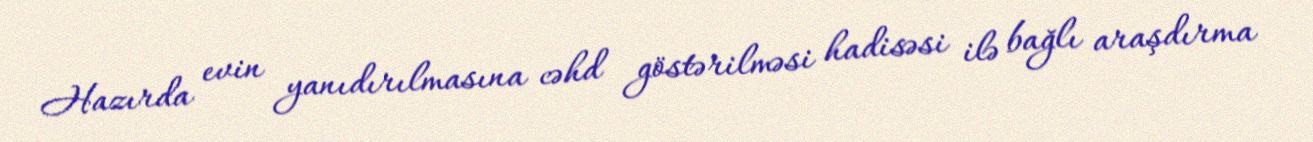
Hazırda evin yanıdırılmasına cəhd göstərilməsi hadisəsi ilə bağlı araşdırma